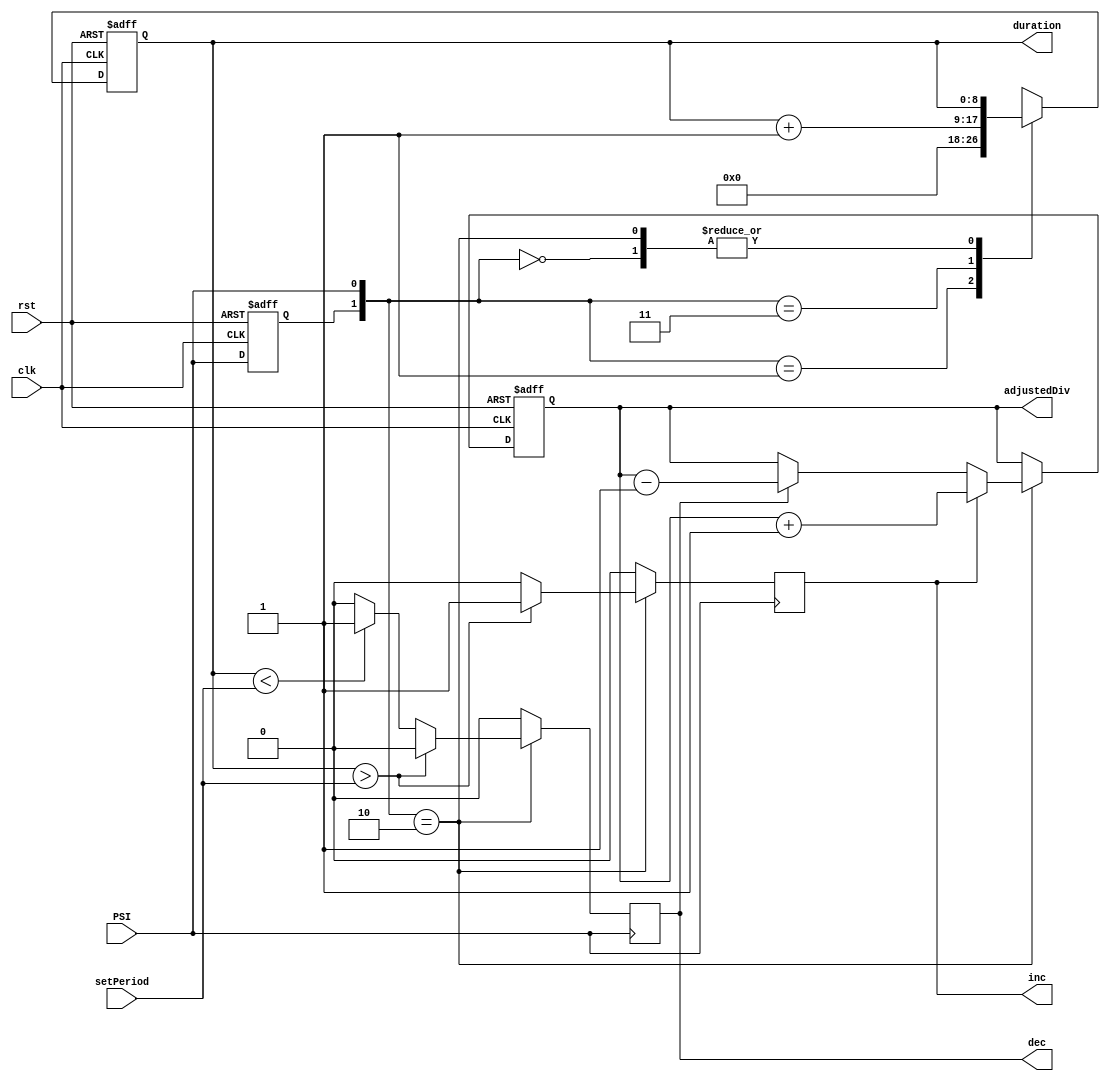
`timescale 1ns/1ns
module Frequency_Regulato(input clk , rst , PSI ,input[7:0] setPeriod ,output reg [7:0] adjustedDiv,output reg [8:0] duration ,output reg inc,dec);
  reg previous_PSI;
  //reg [7:0]duration;
  //reg inc,dec;
  
  //Set the PSI
  always @(posedge clk, posedge rst)begin: Set_PSI
    if(rst)
      previous_PSI<=1'b0;
    else
      previous_PSI<=PSI;
  end
    
  always @(posedge clk, posedge rst) begin: decide_when_to_count_and_count
    if(rst)
      duration<=9'b0;
    else begin
      case({previous_PSI,PSI})
        2'b01 : duration<=9'b0;            //zero to one
        2'b11 : duration<=duration+1;      //steady at one
        2'b10 : duration<=duration;        //one to zero
        2'b00 : duration<=duration;        //steady at zero
      endcase
    end
  end
  
  always@(negedge PSI) begin: comparison
	 inc<=1'b0;
	 dec<=1'b0;
    if({previous_PSI,PSI}==2'b10)
      if(duration>{1'b0,setPeriod})
        inc<=1'b1;
      else if(duration<{1'b0,setPeriod})
        dec<=1'b1;
  end
  
  always@(posedge clk,posedge rst) begin: increment_decrement
    if(rst)
      adjustedDiv<=8'b01111111;
	 else begin
		if({previous_PSI,PSI}==2'b10)
			if(inc==1'b1) begin
				adjustedDiv<=adjustedDiv+1;
				
			end
			else if(dec==1'b1) begin
				adjustedDiv<=adjustedDiv-1;
				
			end
	 end	
	 
      
  end
        
endmodule